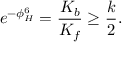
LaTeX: e ^ { - \phi _ { H } ^ { 6 } } = { \frac { K _ { b } } { K _ { f } } } \geq { \frac { k } { 2 } } .